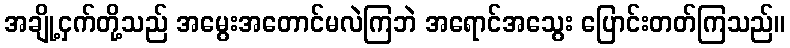
အချို့ငှက်တို့သည် အမွေးအတောင်မလဲကြဘဲ အရောင်အသွေး ပြောင်းတတ်ကြသည်။